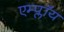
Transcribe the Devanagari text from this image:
एम्प्लॉय